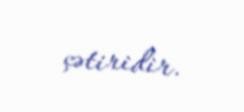
çətiridir.